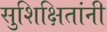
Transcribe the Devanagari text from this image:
सुशिक्षितांनी